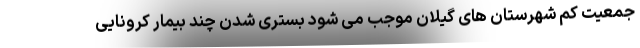
جمعیت کم شهرستان های گیلان موجب می شود بستری شدن چند بیمار کرونایی